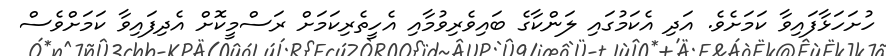
ހުށަހަޅާފައިވާ ކަމަށެވެ. އަދި އެކަމުގައި ލަންކާގެ ބައިވެރިވުމާއި އެހީތެރިކަމަށް ރަސްމީކޮށް އެދިފައިވާ ކަމަށްވެސް